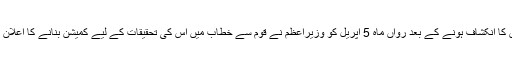
پاناما لیکس میں نواز شریف کے بچوں کی آف شور کمپنیوں کا انکشاف ہونے کے بعد رواں ماہ 5 اپریل کو وزیراعظم نے قوم سے خطاب میں اس کی تحقیقات کے لیے کمیشن بنانے کا اعلان کیا تھا لیکن 3 ہفتوں میں کمیشن کا قیام عمل میں نہیں آسکا۔